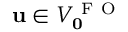
\mathbf { u } \in V _ { \mathbf { 0 } } ^ { \mathrm { ~ F ~ O ~ } }